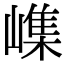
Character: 㠎